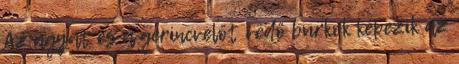
Az agyat és a gerincvelőt védő burkok képezik az